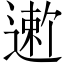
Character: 𬨻